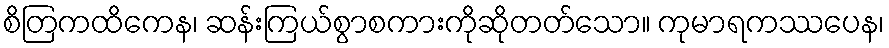
စိတြကထိကေန၊ ဆန်းကြယ်စွာစကားကိုဆိုတတ်သော။ ကုမာရကဿပေန၊